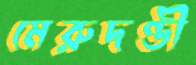
মেরুদণ্ডী